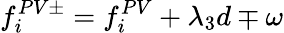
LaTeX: f_{i}^{PV\pm}=f_{i}^{PV}+\lambda_{3}d\mp\omega